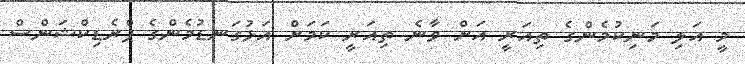
މީ އަލި މަނިކުމެންގެ ތިއަރީ އަށް ވާނެ ތިއަރީ ކަމަށް އަޅުގަނޑުމެންގެ ޕްރެޑިކްޝަންސް